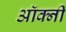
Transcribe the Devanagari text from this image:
ऑर्क्नी